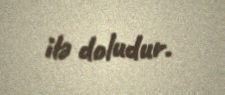
ilə doludur.